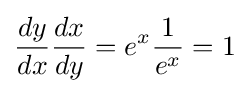
{\frac {dy}{dx}}{\frac {dx}{dy}}=e^{x}{\frac {1}{e^{x}}}=1